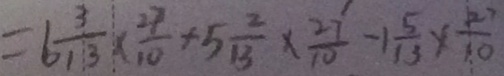
= 6 \frac { 3 } { 1 3 } \times \frac { 2 7 } { 1 0 } + 5 \frac { 2 } { 1 3 } \times \frac { 2 7 } { 1 0 } - 1 \frac { 5 } { 1 3 } \times \frac { 2 7 } { 1 0 }